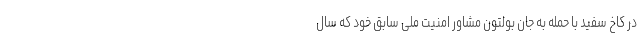
در کاخ سفید با حمله به جان بولتون مشاور امنیت ملی سابق خود که سال